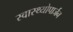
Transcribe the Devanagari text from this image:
स्वास्थ्योपार्जन